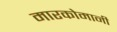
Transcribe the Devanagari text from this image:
मारकोमानी